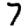
Digit: 7